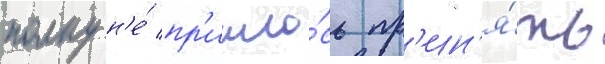
полку н'е́ пр'ишло́сь пр'ин'я́ть